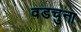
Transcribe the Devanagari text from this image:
वडचुना